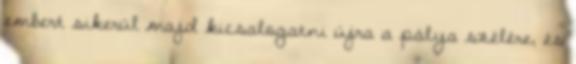
embert sikerül majd kicsalogatni újra a pálya szélére, és